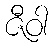
ဇီဝါ